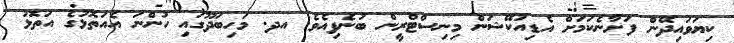
ކިޔަވައިދޭން ފަށާނެކަމަށް އެޑިއުކޭޝަން މިނިސްޓްރީން ބުނެފިއެވެ. އދ. މަހިބަދޫގައި ހުންނަ އެއަތޮޅުގެ އަތޮޅު